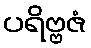
ပရိဗ္ဗဇံ